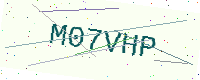
Text: M07VHP